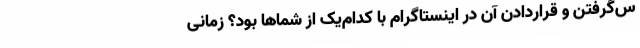
س‌گرفتن و قراردادن آن در اینستاگرام با کدام‌یک از شماها بود؟ زمانی